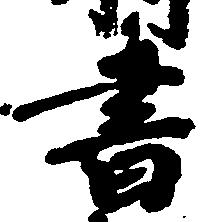
書